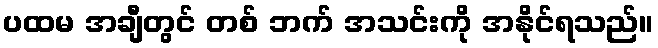
ပထမ အချီတွင် တစ် ဘက် အသင်းကို အနိုင်ရသည်။